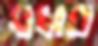
বাঙ্গারা